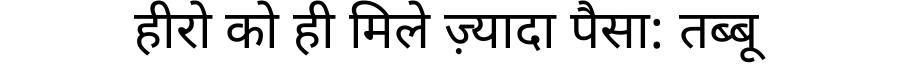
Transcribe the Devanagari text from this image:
हीरो को ही मिले ज़्यादा पैसा: तब्बू